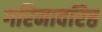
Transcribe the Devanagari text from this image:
गरिमावरिष्ठ